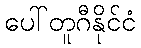
ပေါ်တူဂီနိုင်ငံ